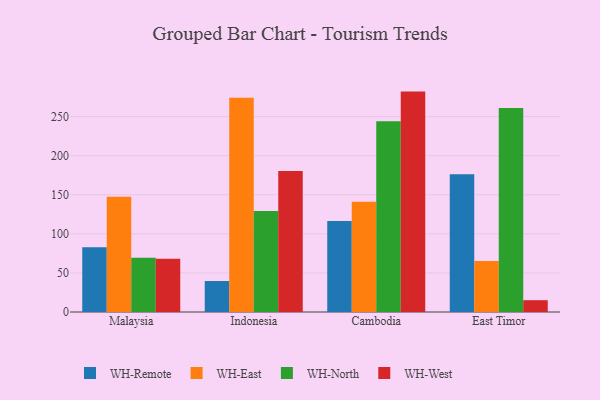
{"axis": {"x": "Country", "y": "Headcount"}, "legend": ["WH-East", "WH-North", "WH-Remote", "WH-West"], "data": [{"x": "Malaysia", "y": 82.8, "type": "WH-Remote"}, {"x": "Malaysia", "y": 147.4, "type": "WH-East"}, {"x": "Malaysia", "y": 69.3, "type": "WH-North"}, {"x": "Malaysia", "y": 68.2, "type": "WH-West"}, {"x": "Indonesia", "y": 39.6, "type": "WH-Remote"}, {"x": "Indonesia", "y": 274.1, "type": "WH-East"}, {"x": "Indonesia", "y": 129.1, "type": "WH-North"}, {"x": "Indonesia", "y": 180.2, "type": "WH-West"}, {"x": "Cambodia", "y": 116.5, "type": "WH-Remote"}, {"x": "Cambodia", "y": 141.1, "type": "WH-East"}, {"x": "Cambodia", "y": 244.1, "type": "WH-North"}, {"x": "Cambodia", "y": 281.9, "type": "WH-West"}, {"x": "East Timor", "y": 176.1, "type": "WH-Remote"}, {"x": "East Timor", "y": 65.3, "type": "WH-East"}, {"x": "East Timor", "y": 260.9, "type": "WH-North"}, {"x": "East Timor", "y": 15.1, "type": "WH-West"}]}